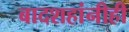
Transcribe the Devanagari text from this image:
बादशहांनीही